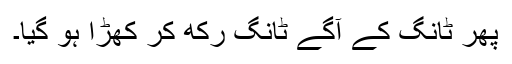
پھر ٹانگ کے آگے ٹانگ رکھ کر کھڑا ہو گیا۔